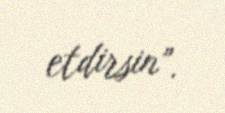
etdirsin”.